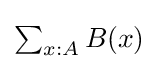
{\textstyle \sum _{x:A}B(x)}